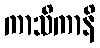
ကာသိကာနိ